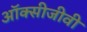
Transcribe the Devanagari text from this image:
ऑक्सीजीवी